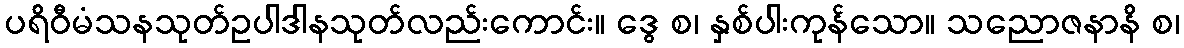
ပရိဝီမံသနသုတ်ဥပါဒါနသုတ်လည်းကောင်း။ ဒွေ စ၊ နှစ်ပါးကုန်သော။ သညောဇနာနိ စ၊